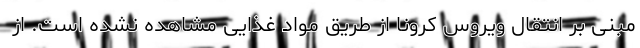
مبنی بر انتقال ویروس کرونا از طریق مواد غذایی مشاهده نشده است. از